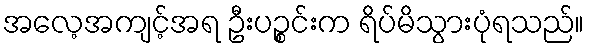
အလေ့အကျင့်အရ ဦးပဉ္စင်းက ရိပ်မိသွားပုံရသည်။